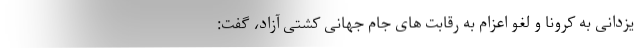
یزدانی به کرونا و لغو اعزام به رقابت های جام جهانی کشتی آزاد، گفت: